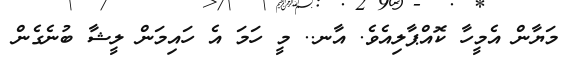
މަޔާން އެމީހާ ކޮއްޕާލިއެވެ. އާނ.. މީ ހަމަ އެ ހައިމަން ލީޝާ ބުނެގެން